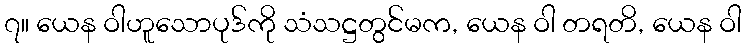
၇။ ယေန ဝါဟူသောပုဒ်ကို သံသဋ္ဌတွင်မက, ယေန ဝါ တရတိ, ယေန ဝါ